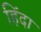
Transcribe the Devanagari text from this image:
हिंदा